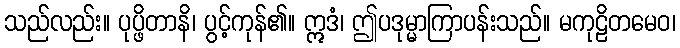
သည်လည်း။ ပုပ္ဖိတာနိ၊ ပွင့်ကုန်၏။ ဣဒံ၊ ဤပဒုမ္မာကြာပန်းသည်။ မကုဠိတမေဝ၊